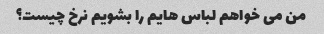
من می خواهم لباس هایم را بشویم نرخ چیست؟